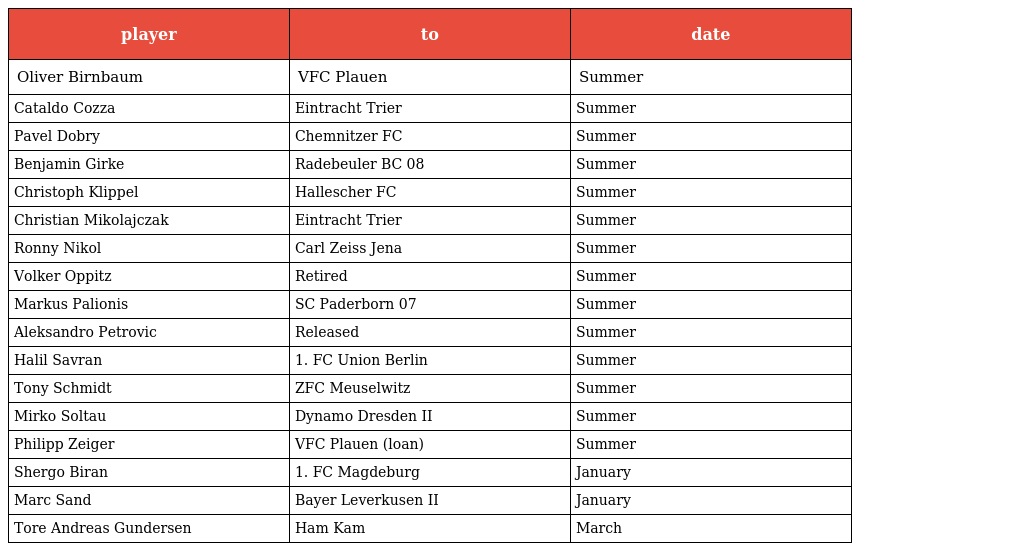
| player | to | date |
 | --- | --- | --- |
 | Oliver Birnbaum | VFC Plauen | Summer |
 | Cataldo Cozza | Eintracht Trier | Summer |
 | Pavel Dobry | Chemnitzer FC | Summer |
 | Benjamin Girke | Radebeuler BC 08 | Summer |
 | Christoph Klippel | Hallescher FC | Summer |
 | Christian Mikolajczak | Eintracht Trier | Summer |
 | Ronny Nikol | Carl Zeiss Jena | Summer |
 | Volker Oppitz | Retired | Summer |
 | Markus Palionis | SC Paderborn 07 | Summer |
 | Aleksandro Petrovic | Released | Summer |
 | Halil Savran | 1. FC Union Berlin | Summer |
 | Tony Schmidt | ZFC Meuselwitz | Summer |
 | Mirko Soltau | Dynamo Dresden II | Summer |
 | Philipp Zeiger | VFC Plauen (loan) | Summer |
 | Shergo Biran | 1. FC Magdeburg | January |
 | Marc Sand | Bayer Leverkusen II | January |
 | Tore Andreas Gundersen | Ham Kam | March |